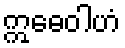
ဣဓေဝါဟံ